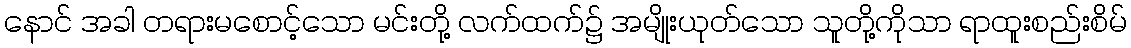
နောင် အခါ တရားမစောင့်သော မင်းတို့ လက်ထက်၌ အမျိုးယုတ်သော သူတို့ကိုသာ ရာထူးစည်းစိမ်